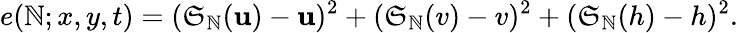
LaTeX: e(\mathbb{N};x,y,t)=(\mathfrak{S}_{\mathbb{N}}(\mathbf{u})-\mathbf{u})^{2}+(\mathfrak{S}_{\mathbb{N}}(v)-v)^{2}+(\mathfrak{S}_{\mathbb{N}}(h)-h)^{2}.